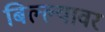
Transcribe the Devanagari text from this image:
बिल्ल्यावर